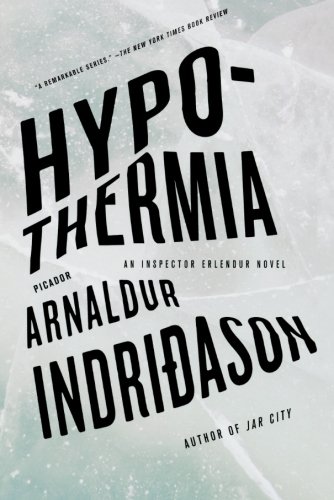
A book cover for Hypothermia: An Inspector Erlendur Novel (An Inspector Erlendur Series); Arnaldur Indridason; Mystery, Thriller & Suspense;